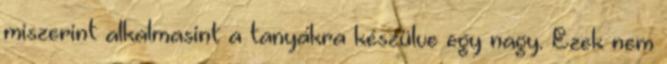
miszerint alkalmasint a tanyákra készülve egy nagy. Ezek nem